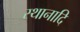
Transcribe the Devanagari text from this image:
स्थानादि